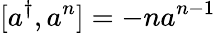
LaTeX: [a^{\dagger},a^{n}]=-na^{n-1}